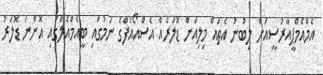
އެމްއެމްޕީއާރުސީއަށް ލިބުނު އެތައް މިލިއަން ޑޮލަރެއް އެސްއޯއެފްގެ ނަމުގައި ބީއެމްއެެލްގައި އޮންނަ ޑޮލަރު